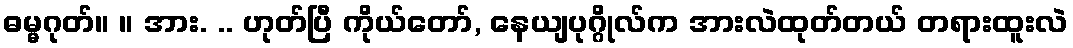
ဓမ္မဂုတ်။ ။ အား. .. ဟုတ်ပြီ ကိုယ်တော်, နေယျပုဂ္ဂိုလ်က အားလဲထုတ်တယ် တရားထူးလဲ